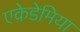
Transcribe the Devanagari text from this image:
एकेडेमिया